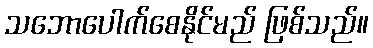
သဘောပေါက်စေနိုင်မည် ဖြစ်သည်။